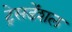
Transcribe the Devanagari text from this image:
ट्रेसडेंशल